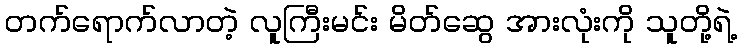
တက်ရောက်လာတဲ့ လူကြီးမင်း မိတ်ဆွေ အားလုံးကို သူတို့ရဲ့